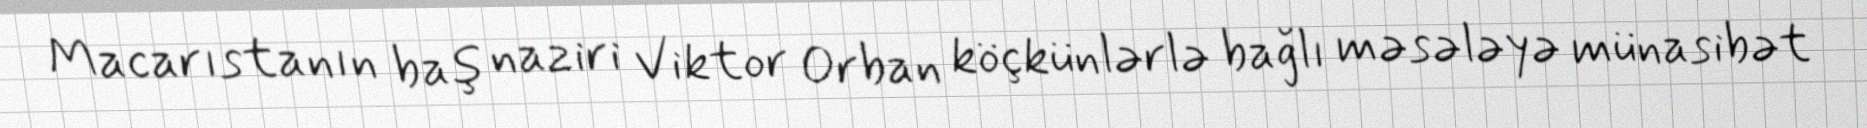
Macarıstanın baş naziri Viktor Orban köçkünlərlə bağlı məsələyə münasibət